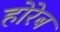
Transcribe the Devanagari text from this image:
होरेब